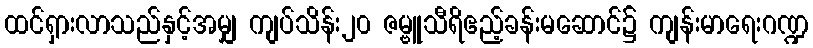
ထင်ရှားလာသည်နှင့်အမျှ ကျပ်သိန်း၂၀ ဇမ္ဗူသီရိဧည့်ခန်းမဆောင်၌ ကျန်းမာရေးဂဏ္ဍ